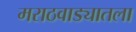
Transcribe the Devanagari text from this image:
मराठवाड्यातला